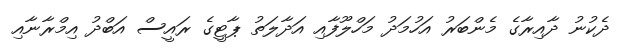
ދެކުނު ދާއިރާގެ މެންބަރު އަހުމަދު މަހްލޫފާއި އަދާލަތު ޕާޓީގެ ރައީސް އަބްދު އިމްރާނާއި